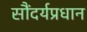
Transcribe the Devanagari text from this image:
सौंदर्यप्रधान